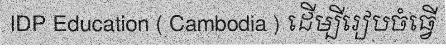
IDP Education ( Cambodia ) ដើម្បីរៀបចំធ្វើ